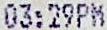
03:29PM